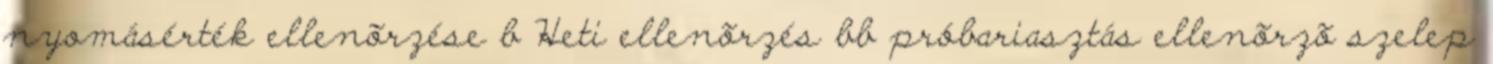
nyomásérték ellenõrzése b Heti ellenõrzés bb próbariasztás ellenõrzõ szelep